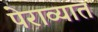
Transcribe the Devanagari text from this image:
पेराव्यात